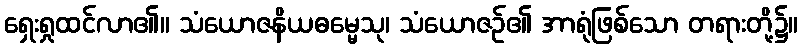
ရှေးရှုထင်လာ၏။ သံယောဇနိယဓမ္မေသု၊ သံယောဇဉ်၏ အာရုံဖြစ်သော တရားတို့၌။